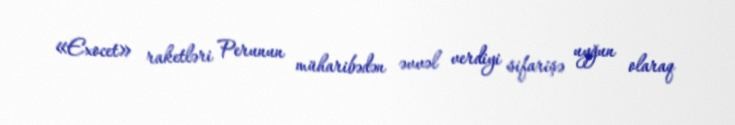
«Exocet» raketləri Perunun müharibədən əvvəl verdiyi sifarişə uyğun olaraq